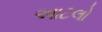
આટલો